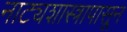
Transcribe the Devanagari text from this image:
नाट्यशास्त्रापासून